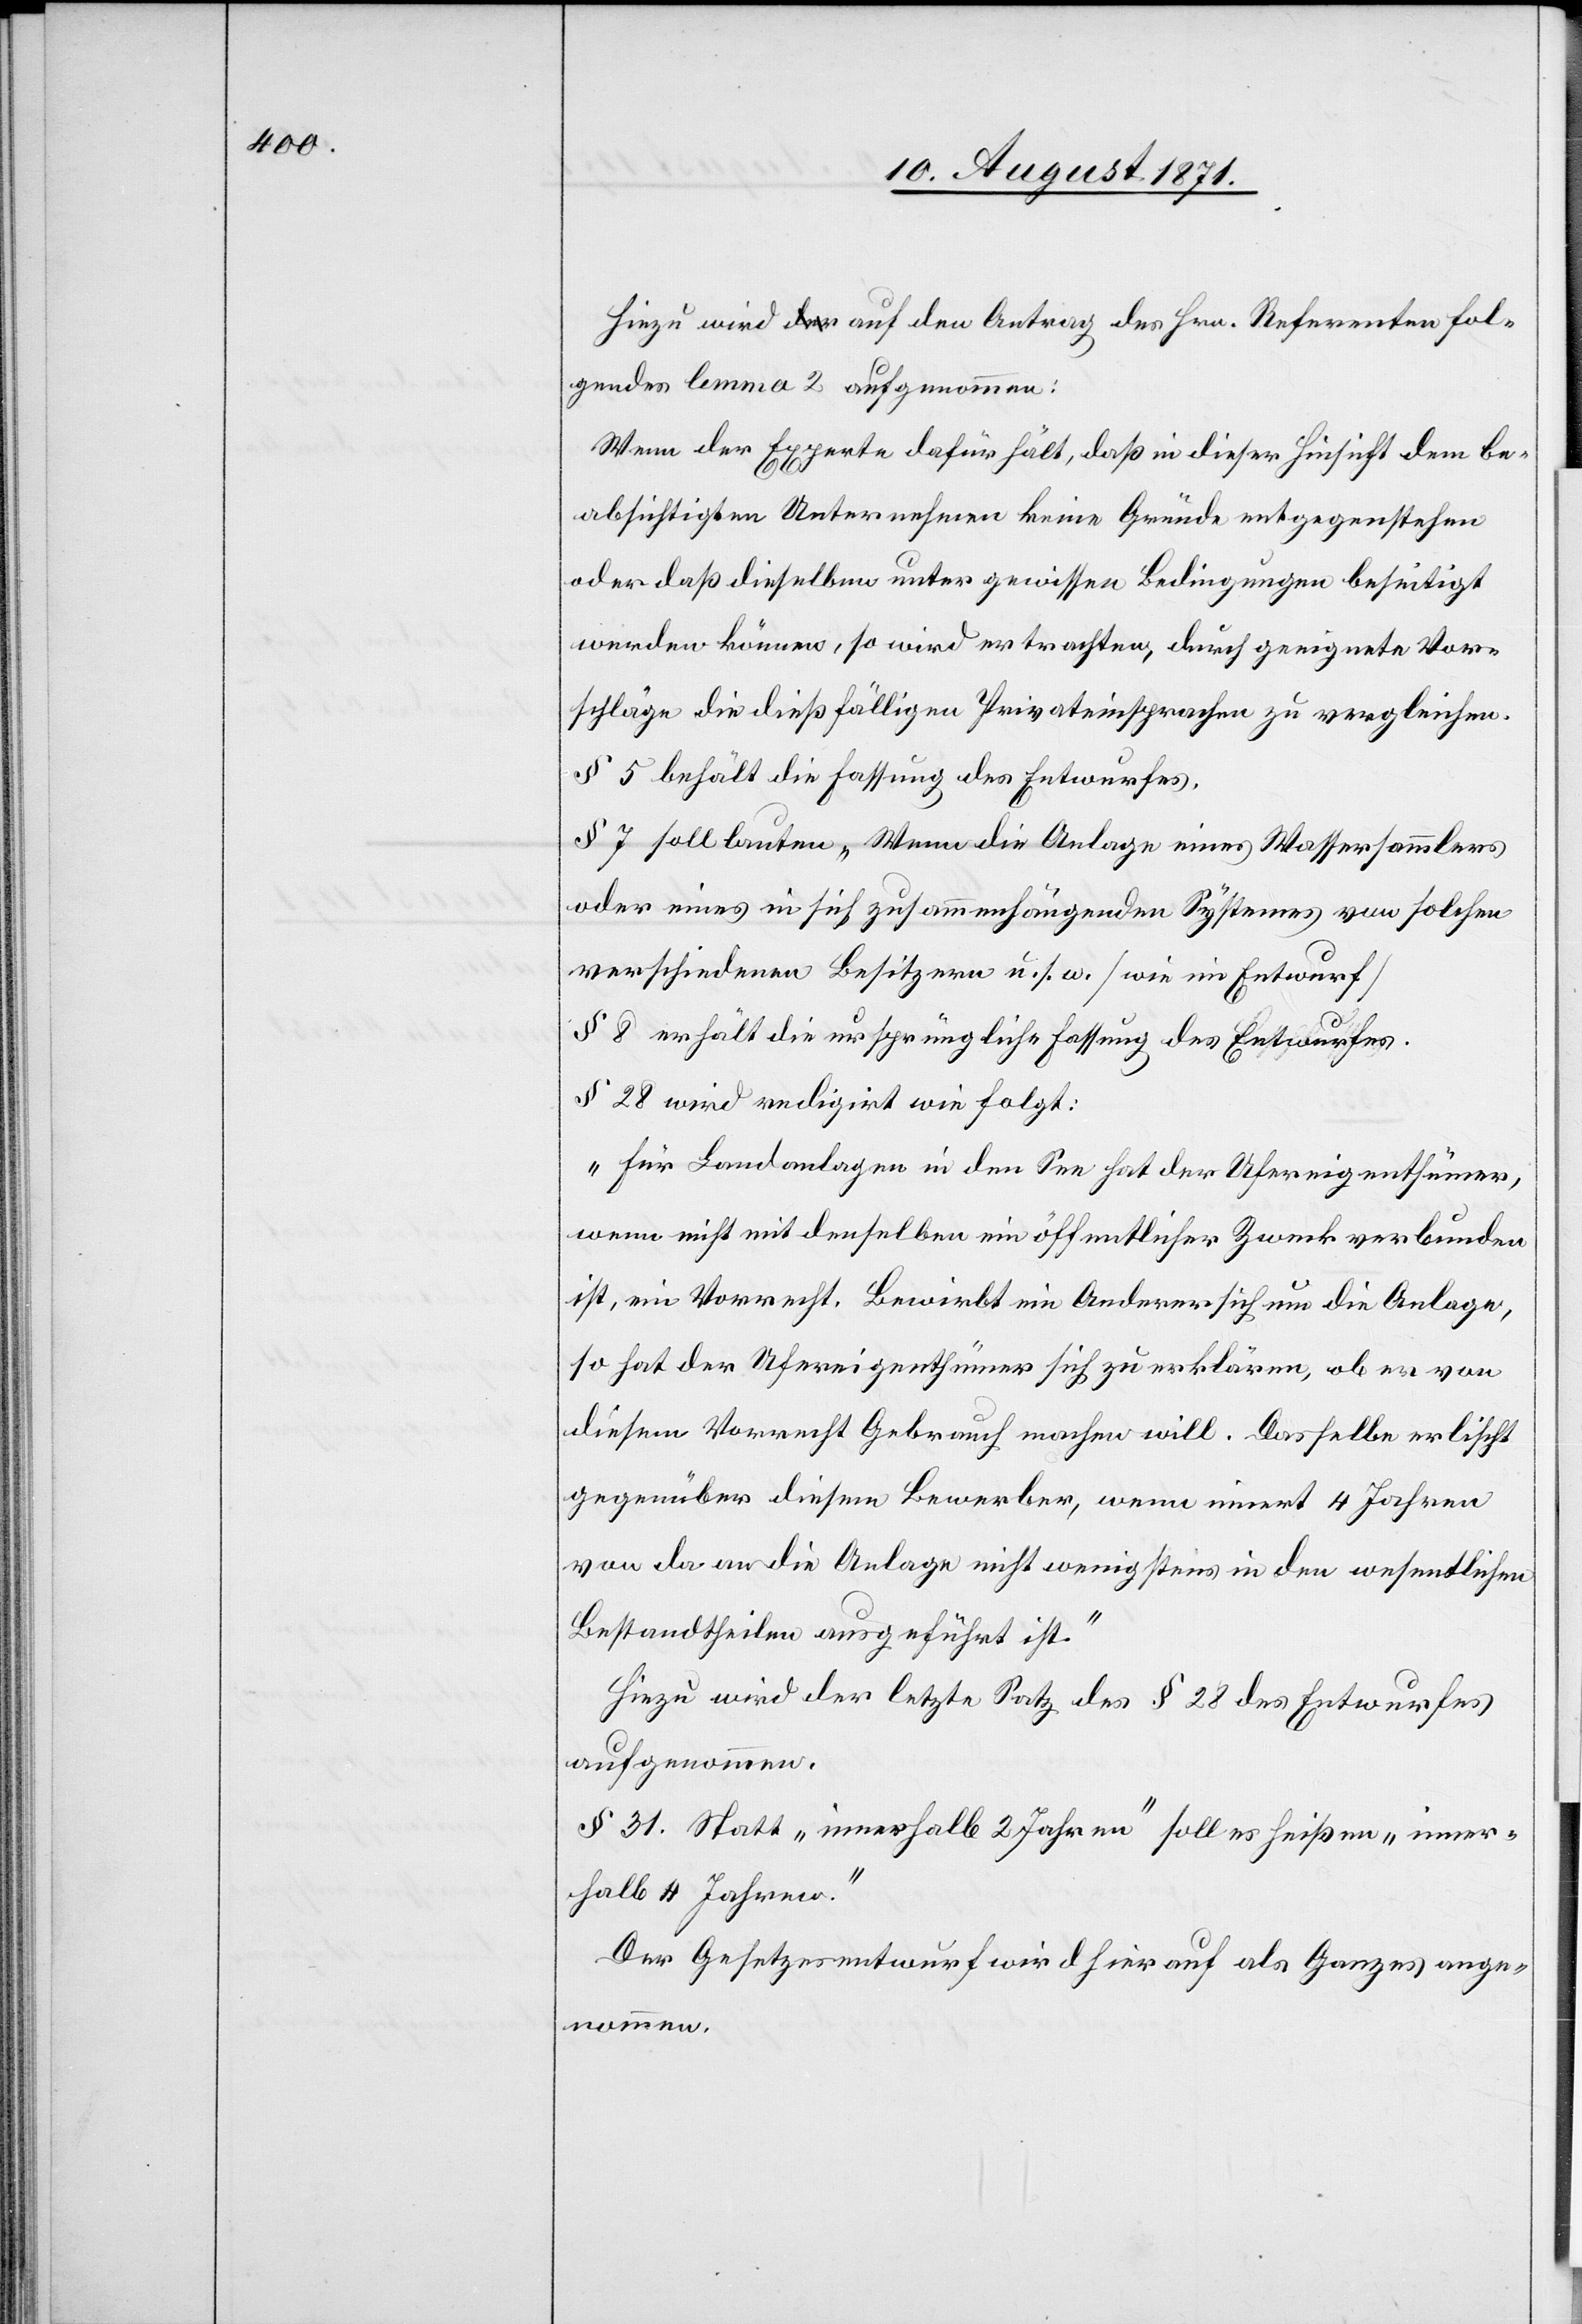
Hinzu wird auf den Antrag der Hrn. Referenten fol¬
gendes lemma 2 aufgenommen:
Wenn der Experte dafür hält, daß in dieser Hinsicht dem be¬
absichtigten Unternehmen keine Gründe entgegenstehen
oder daß dieselben unter gewissen Bedingungen beseitigt
werden können, so wird er trachten, durch geeignete Vor¬
schläge die dießfälligen Privateinsprachen zu vergleichen.
§ 5 behält die Fassung des Entwurfes.
§ 7 soll lauten „Wenn die Anlage eines Wassersammlers
oder eines in sich zusammenhängenden Systemes von solchen
verschiedenen Besitzern“ u. s. w. [wie im Entwurf]
§ 8 erhält die ursprüngliche Fassung des Entwurfes.
§ 28 wird redigirt wie folgt:
„Für Landanlagen in den See hat der Ufereigenthümer,
wenn nicht mit derselben ein öffentlicher Zweck verbunden
ist, ein Vorrecht. Bewirkt ein Anderer sich um die Anlage,
so hat der Ufereigenthümer sich zu erklären, ob er von
diesem Vorrecht Gebrauch machen will. Dasselbe erlischt
gegenüber diesem Bewerber, wenn innert 4 Jahren
von da an die Anlage nicht wenigstens in den wesentlichen
Bestandtheilen ausgeführt ist.“
Hinzu wird der letzte Satz des § 28 des Entwurfes
aufgenommen.
§ 31. Statt „innerhalb 2 Jahren“ soll es heißen „inner¬
halb 4 Jahren.“
Der Gesetzesentwurf wird hierauf als Ganzes ange¬
nommen.